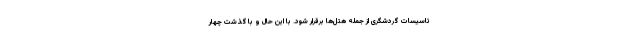
تاسیسات گردشگری از جمله هتل‌ها برقرار شود. با این حال و با گذشت چهار